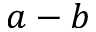
a - b